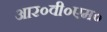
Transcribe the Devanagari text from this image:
आर०वी०एम०